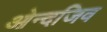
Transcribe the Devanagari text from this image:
ओन्दजिव